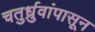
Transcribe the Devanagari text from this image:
चतुर्ध्रुवांपासून